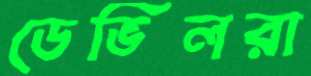
ডেভিলরা